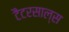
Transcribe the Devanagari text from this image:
टैटरसाल्स